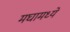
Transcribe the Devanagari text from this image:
मघामध्ये